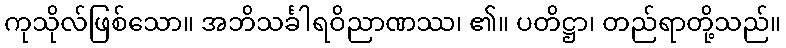
ကုသိုလ်ဖြစ်သော။ အဘိသင်္ခါရဝိညာဏဿ၊ ၏။ ပတိဋ္ဌာ၊ တည်ရာတို့သည်။